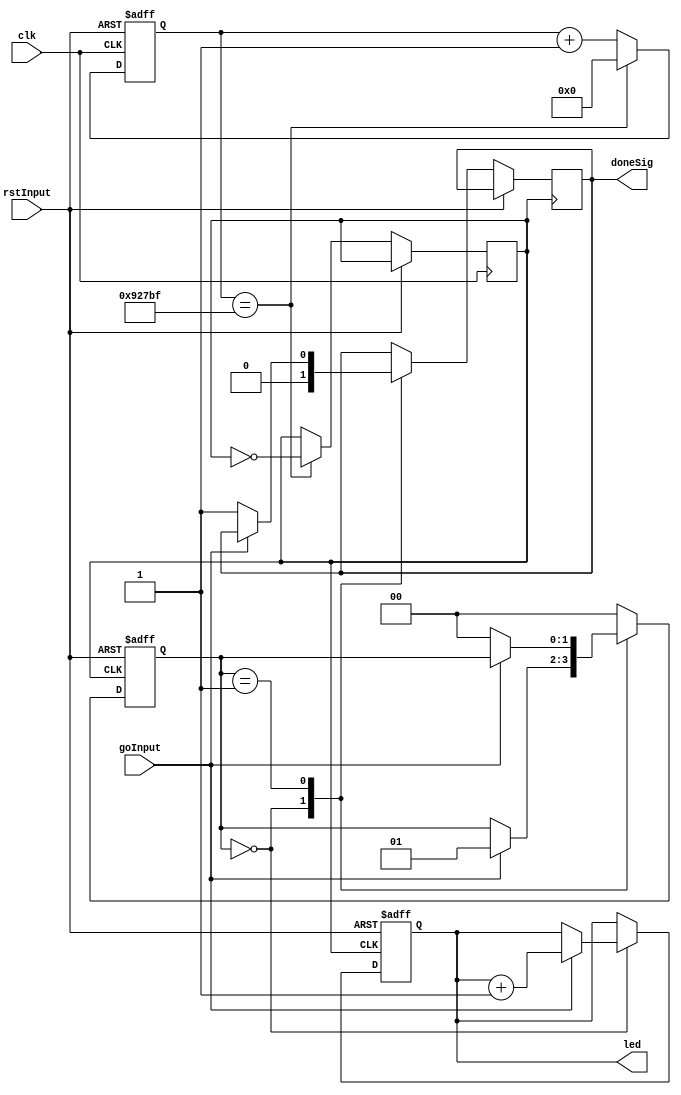
module state_machine_Mealy(
    input               clk,        //12MHz clock
    input               rstInput,
    input               goInput, 
    output  reg [3:0]   led,
    output  reg         doneSig
);
//////////////////////////////////////////////////////////////////////////////////////////////
    wire    rst;
    wire    go;
    assign  rst = rstInput;
    assign  go  = goInput;

    reg [1:0]   state;
    localparam  STATE_IDLE  = 2'd0;
    localparam  STATE_PROC  = 2'd1;

    reg         clkDiv;
    reg [19:0]  clkIter;
    localparam  CLK_DIV_MAX = 20'd600000 - 1;   //0.1Hz, factor of 2 from "clkDiv <= ~clkDiv"
//////////////////////////////////////////////////////////////////////////////////////////////
//clock handling
    always @ (posedge rst or posedge clk) begin
        if (rst == 1'b1) begin
            clkIter <= 20'b0;
        end else if (clkIter == CLK_DIV_MAX) begin
            clkIter <= 20'b0;
            clkDiv  <= ~clkDiv;
        end else begin 
            clkIter <= clkIter + 1'b1;
        end
    end
//state handling
    always @ (posedge rst or posedge clkDiv) begin
        if (rst == 1'b1) begin
            led <= 4'b0;
            state <= STATE_IDLE;
        end else begin
            case(state)
                STATE_IDLE: begin
                    doneSig <= 1'b0;
                    if (go == 1'b1) begin
                        led <= led + 1'b1;  // not an ideal position, should be in STATE_PROC
                        state <= STATE_PROC;
                    end
                end                
                STATE_PROC: begin
                    if (go == 1'b0) begin
                        state <= STATE_IDLE;
                        doneSig <= 1'b1;
                    end
                end
                default: state <= STATE_IDLE;
            endcase
        end 
    end
endmodule
//////////////////////////////////////////////////////////////////////////////////////////////